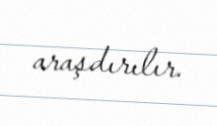
araşdırılır.